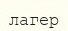
лагер